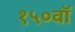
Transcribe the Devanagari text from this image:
१५०वॉ